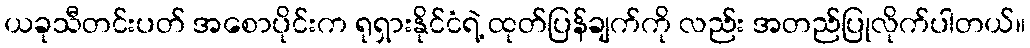
ယခုသီတင်းပတ် အစောပိုင်းက ရုရှားနိုင်ငံရဲ့ ထုတ်ပြန်ချက်ကို လည်း အတည်ပြုလိုက်ပါတယ်။